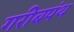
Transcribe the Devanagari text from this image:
गरीबपंथ